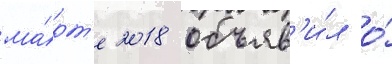
ма́рт'е 2018 объяв'и́л о́